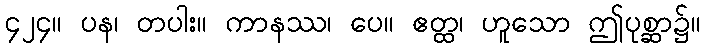
၄၂၄။ ပန၊ တပါး။ ကာနဿ၊ ပေ။ ဧတ္ထ၊ ဟူသော ဤပုစ္ဆာ၌။